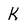
Character: K